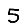
Digit: 5